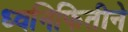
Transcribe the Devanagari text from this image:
ध्वनिफितीने